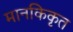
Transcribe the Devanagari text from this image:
मानकिकृत